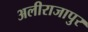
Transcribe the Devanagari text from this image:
अलीराजापुर